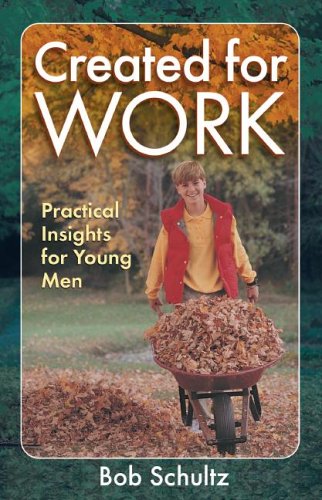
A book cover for Created for Work: Practical Insights for Young Men; Bob Schultz; Christian Books & Bibles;